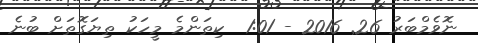
ނޮވެމްބަރު 26